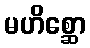
မဟိစ္ဆော